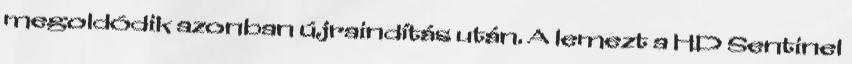
megoldódik azonban újraindítás után. A lemezt a HD Sentinel